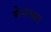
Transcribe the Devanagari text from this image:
मेनच्या